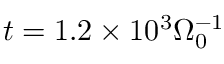
t = 1 . 2 \times 1 0 ^ { 3 } \Omega _ { 0 } ^ { - 1 }